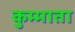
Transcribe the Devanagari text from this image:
कुम्माता